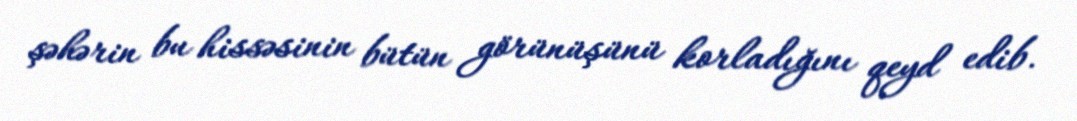
şəhərin bu hissəsinin bütün görünüşünü korladığını qeyd edib.